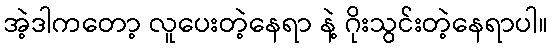
အဲ့ဒါကတော့ လူပေးတဲ့နေရာ နဲ့ ဂိုးသွင်းတဲ့နေရာပါ။